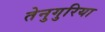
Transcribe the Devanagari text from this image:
तेनुगुरिया